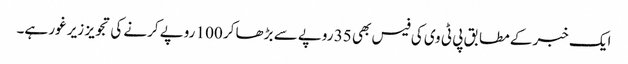
ایک خبر کے مطابق پی ٹی وی کی فیس بھی 35 روپے سے بڑھا کر 100 روپے کرنے کی تجویز زیر غور ہے۔